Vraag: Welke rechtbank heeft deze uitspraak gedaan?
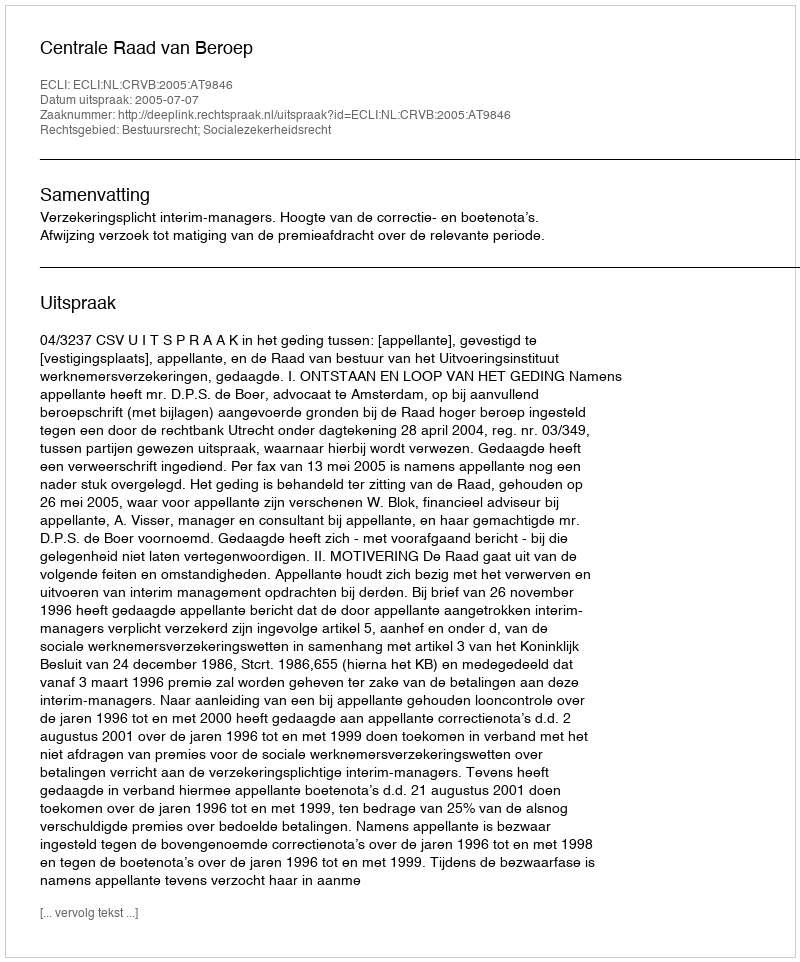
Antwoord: Centrale Raad van Beroep